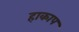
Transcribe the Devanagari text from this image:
हाकाप